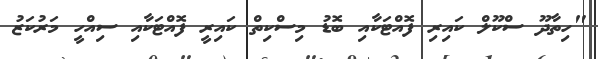
"ހިތާދޫ ސްކޫލް ކައިރި ފޮއްޓަކާއި ބޮޑު މިސްކިތް ކައިރީ ފޮއްޓަކާއި ސިއްހީ މަރުކަޒު